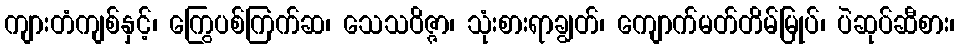
ကျားတံကျစ်နှင့်၊ ကြွေပစ်ကြက်ဆ၊ သေသဝိဇ္ဇာ၊ သုံးစားရာချွတ်၊ ကျောက်မတ်တိမ်မြုပ်၊ ပဲဆုပ်ဆီစား၊